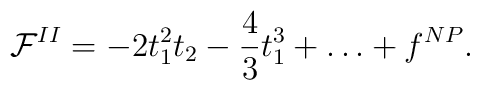
{\cal F}^{II}= - 2t_1^2 t_2 - \frac{4}{3}t_1^3 + \dots + f^{NP} .